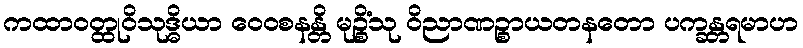
ကထာဝတ္ထုဝိသုဒ္ဓိယာ ဝေဝစနန္တိ မုဉ္စိံသု ဝိညာဏဉ္စာယတနတော ပက္ခန္တရမာဟ